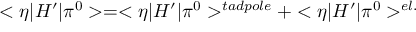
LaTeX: < \eta | H ^ { \prime } | \pi ^ { 0 } > = < \eta | H ^ { \prime } | \pi ^ { 0 } > ^ { t a d p o l e } + < \eta | H ^ { \prime } | \pi ^ { 0 } > ^ { e l . }